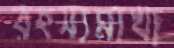
রহস্যমাখা